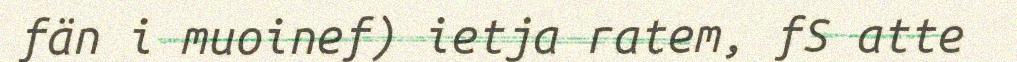
fän i muoinef) ietja ratem, fS atte